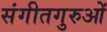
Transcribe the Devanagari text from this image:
संगीतगुरुओं